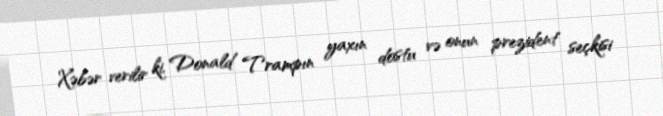
Xəbər verilir ki, Donald Trampın yaxın dostu və onun prezident seçkisi